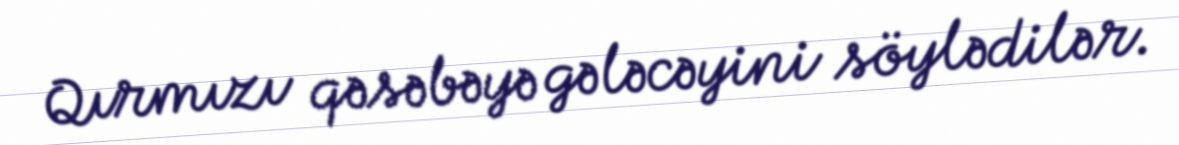
Qırmızı qəsəbəyə gələcəyini söylədilər.